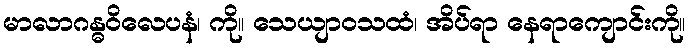
မာလာဂန္ဓဝိလေပနံ၊ ကို။ သေယျာဝသထံ၊ အိပ်ရာ နေရာကျောင်းကို။